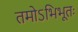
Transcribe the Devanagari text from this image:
तमोऽभिभूतः